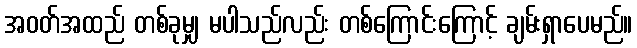
အဝတ်အထည် တစ်ခုမျှ မပါသည်လည်း တစ်ကြောင်းကြောင့် ချမ်းရှာပေမည်။